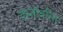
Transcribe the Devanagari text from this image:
हस्तांतरित